Report of the Bombay Plague Committee
Disease focus: Plague
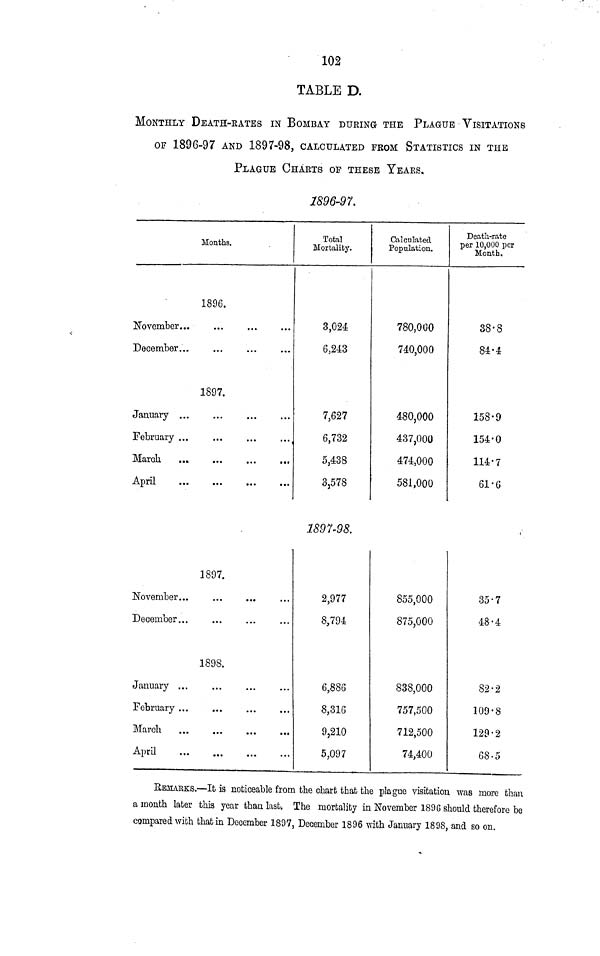
102
TABLE D.
MONTHLY DEATH-RATES IN BOMBAY DURING THE PLAGUE VISITATIONS
OF 1896-97 AND 1897-98, CALCULATED FROM STATISTICS IN THE
PLAGUE CHARTS OF THESE YEARS.
1896-97.
Months.
1896.
November...
...
December...
...
1897.
February ...
April
...
...
...
...
Total
Mortality.
3,024
6,243
7,627
6,732
5,438
3,578
Calculated
Population.
780,000
740,000
480,000
437,000
474,000
581,000
Death-rate
per 10,000 per
Mouth,
38·8
84·4
158·9
154·0
114·7
61·6
1897-98.
1897.
November...
...
...
December...
1898.
January ...
February ...
...
March
...
...
...
...
April
2,977
8,794
6 886
8,316
9,210
5,097
855 000
875,000
838 000
757,500
712,500
74,400
35·7
48·4
82·2
109·8
129·2
68·5
REMARKS.—It is noticeable from the chart that the plague visitation, was more than
a month later this year than last. The mortality in November 1896 should therefore be
compared with that in December 1897, December 1896 with January 1898, and so on.